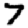
Digit: 7